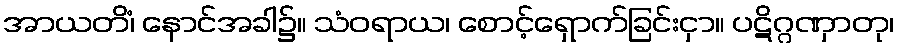
အာယတိံ၊ နောင်အခါ၌။ သံဝရာယ၊ စောင့်ရှောက်ခြင်းငှာ။ ပဋိဂ္ဂဏှာတု၊